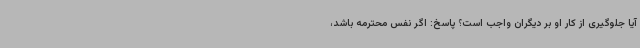
آیا جلوگیری از کار او بر دیگران واجب است؟ پاسخ: اگر نفس محترمه باشد،